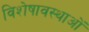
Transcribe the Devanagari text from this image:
विशेषावस्थाओं